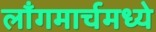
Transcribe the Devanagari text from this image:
लाँगमार्चमध्ये